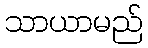
သာယာမည်